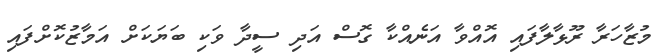
މުޒާހަރާ ރޫޅާލާފައި އޮއްވާ އަނެއްކާ ގޮސް އަދި ސީދާ ވަކި ބަޔަކަށް އަމާޒުކޮށްފައި